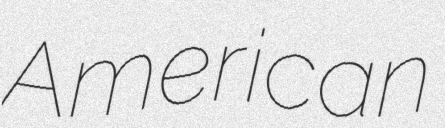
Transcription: American